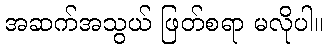
အဆက်အသွယ် ဖြတ်စရာ မလိုပါ။